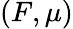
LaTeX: (F,\mu)